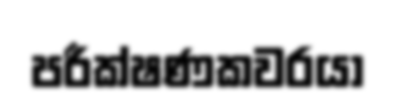
පරීක්ෂණකවරයා